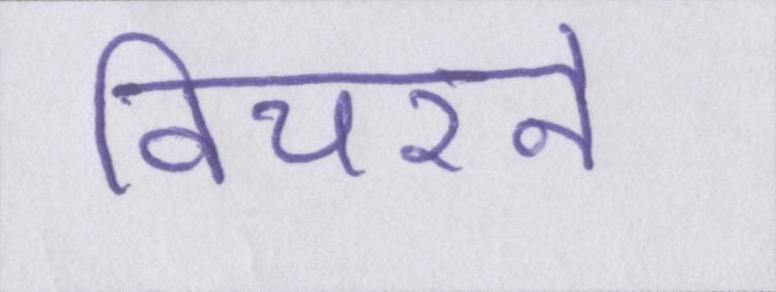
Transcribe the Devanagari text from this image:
विचरने